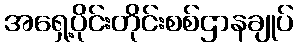
အရှေ့ပိုင်းတိုင်းစစ်ဌာနချုပ်